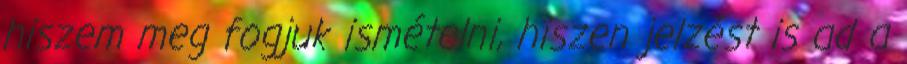
hiszem meg fogjuk ismételni, hiszen jelzést is ad a